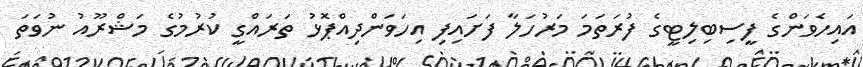
އައިހެވަންގެ ފީސިބިލިޓީގެ ފުރަތަމަ މަރުހަލާ ފަށައިފި އިހަވަންދިއްޕޮޅު ތަރައްގީ ކުރުމުގެ މަޝްރޫއު ނުވަތަ